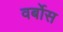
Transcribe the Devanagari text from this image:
वर्बोस